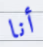
أنا